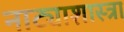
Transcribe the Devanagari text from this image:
नाट्याशास्त्रा